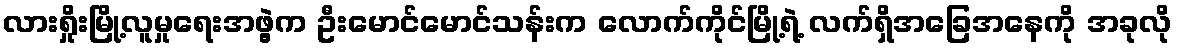
လားရှိုးမြို့လူမှုရေးအဖွဲ့က ဦးမောင်မောင်သန်းက လောက်ကိုင်မြို့ရဲ့ လက်ရှိအခြေအနေကို အခုလို